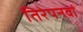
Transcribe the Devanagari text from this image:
तिरेपनवां